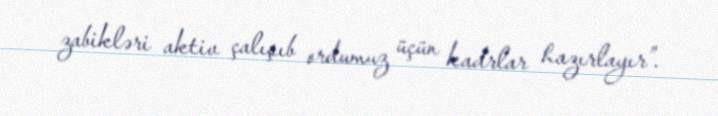
zabikləri aktiv çalışıb ordumuz üçün kadrlar hazırlayır”.